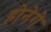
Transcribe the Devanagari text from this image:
होनेगे